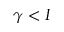
\gamma < I